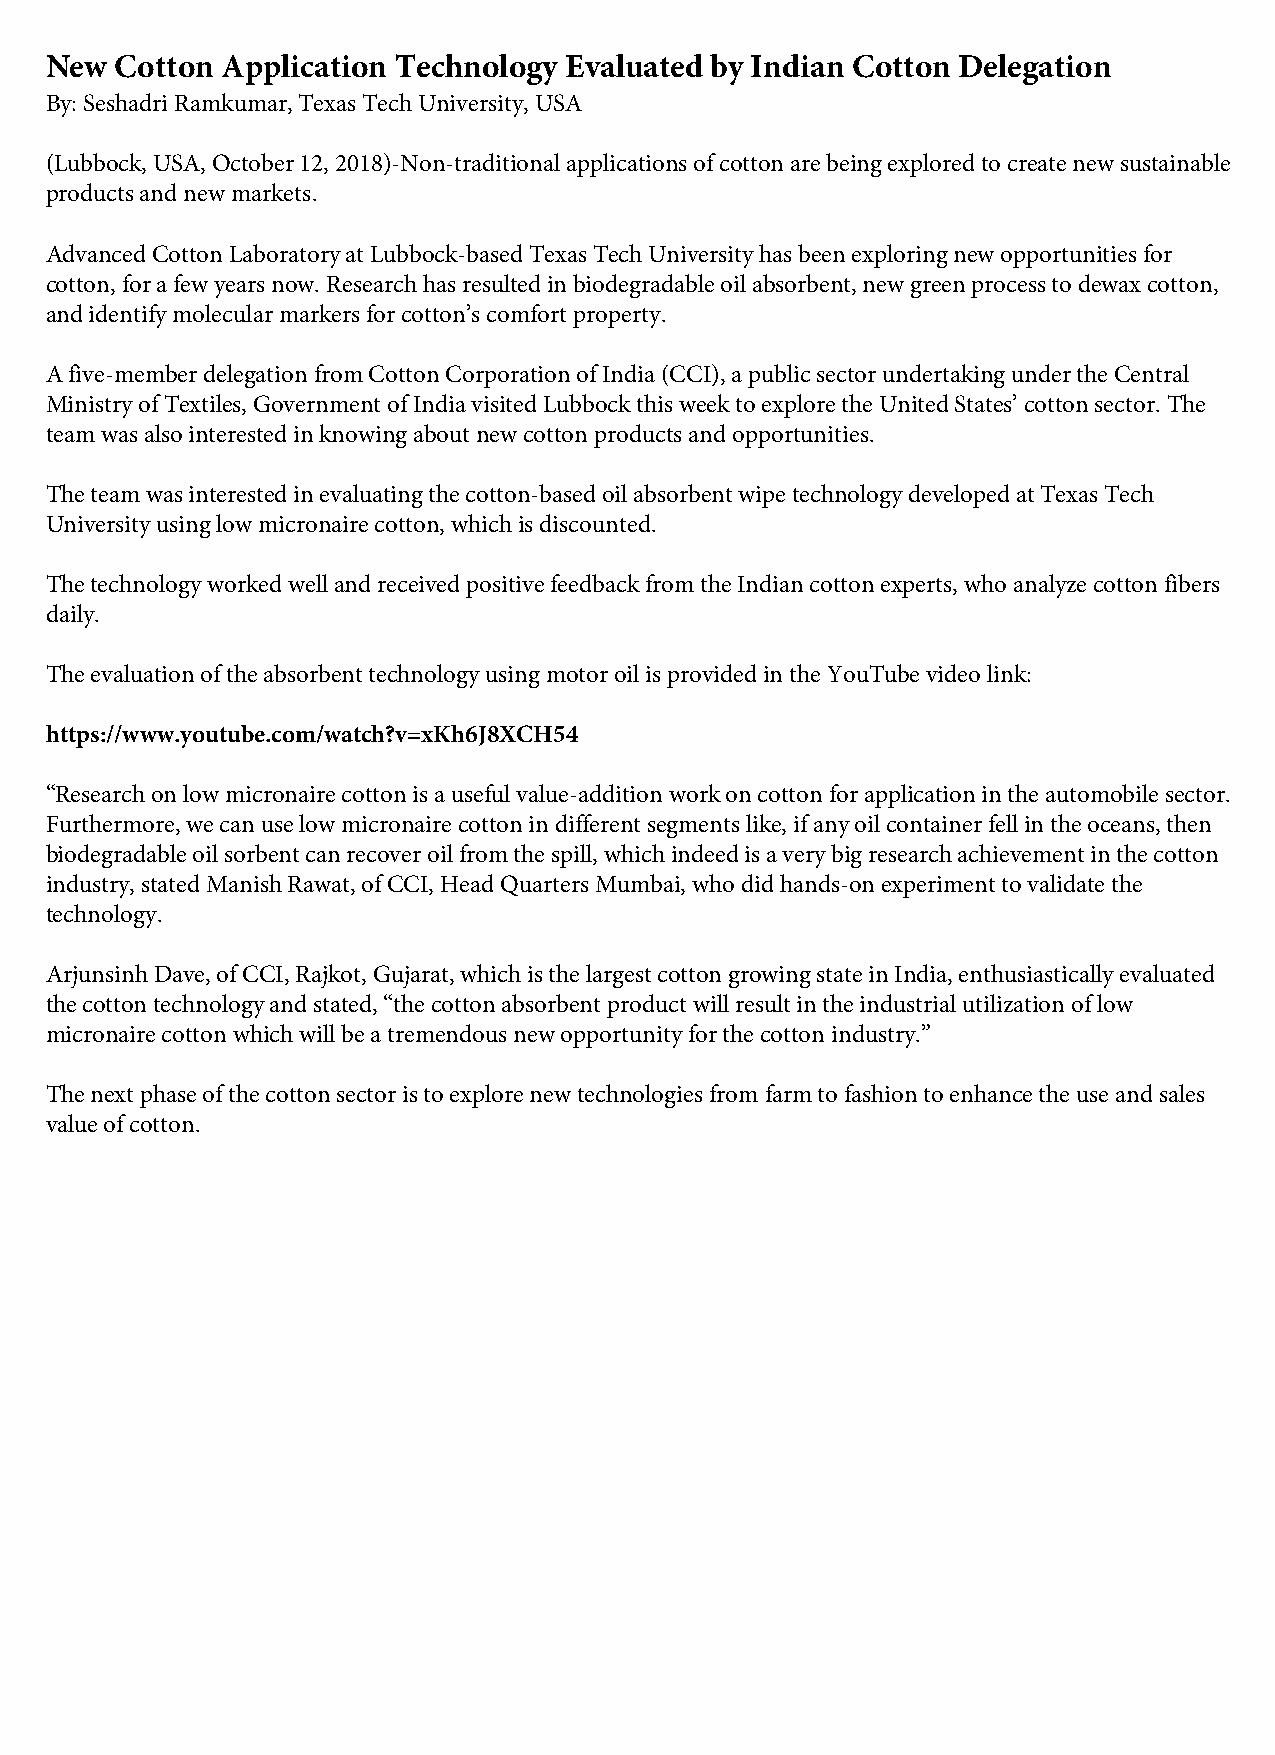
New  Cotton Application Technology Evaluated by Indian Cotton Delegation
 By: Seshadri Ramkumar, Texas Tech University, USA
 (Lubbock, USA, October 12, 2018)-Non-traditional applications of cotton are being explored to create new sustainable
 products and new markets.
 Advanced Cotton Laboratory at Lubbock-based Texas Tech University has been exploring new opportunities for
 cotton, for a few years now. Research has resulted in biodegradable oil absorbent, new green process to dewax cotton,
 and identify molecular markers for cotton’s comfort property.
 A five-member delegation from Cotton Corporation of India (CCI), a public sector undertaking under the Central
 Ministry of Textiles, Government of India visited Lubbock this week to explore the United States’ cotton sector. The
 team was also interested in knowing about new cotton products and opportunities.
 The team was interested in evaluating the cotton-based oil absorbent wipe technology developed at Texas Tech
 University using low micronaire cotton, which is discounted.
 The technology worked well and received positive feedback from the Indian cotton experts, who analyze cotton fibers
 daily.
 The evaluation of the absorbent technology using motor oil is provided in the YouTube video link:
 https://www.youtube.com/watch?v=xKh6J8XCH54
 “Research on low micronaire cotton is a useful value-addition work on cotton for application in the automobile sector.
 Furthermore, we can use low micronaire cotton in different segments like, if any oil container fell in the oceans, then
 biodegradable oil sorbent can recover oil from the spill, which indeed is a very big research achievement in the cotton
 industry, stated Manish Rawat, of CCI, Head Quarters Mumbai, who did hands-on experiment to validate the
 technology.
 Arjunsinh Dave, of CCI, Rajkot, Gujarat, which is the largest cotton growing state in India, enthusiastically evaluated
 the cotton technology and stated, “the cotton absorbent product will result in the industrial utilization of low
 micronaire cotton which will be a tremendous new opportunity for the cotton industry.”
 The next phase of the cotton sector is to explore new technologies from farm to fashion to enhance the use and sales
 value of cotton.